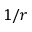
1 / r